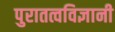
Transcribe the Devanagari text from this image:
पुरातत्वविज्ञानी